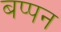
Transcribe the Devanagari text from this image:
बप्पन